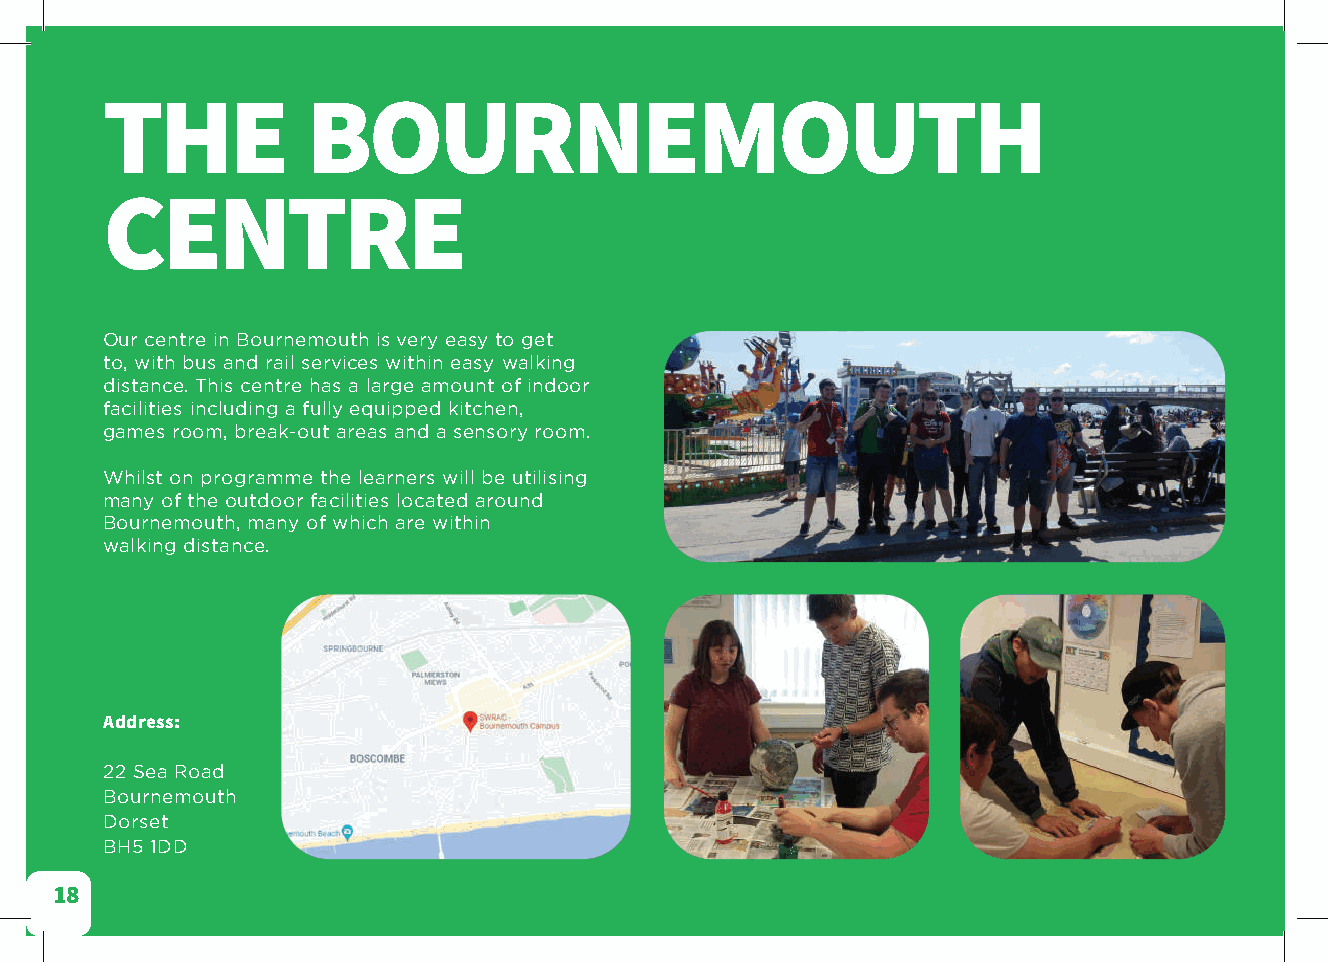
THE          BOURNEMOUTH
 CENTRE
 Our centre in Bournemouth is very easy to get
 to, with bus and rail services within easy walking
 distance. This centre has a large amount of indoor
 facilities including a fully equipped kitchen,
 games room, break-out areas and a sensory room.
 Whilst on programme the learners will be utilising
 many of the outdoor facilities located around
 Bournemouth, many of which are within
 walking distance.
 Address:
 22 Sea Road
 Bournemouth
 Dorset
 BH5 1DD
 18